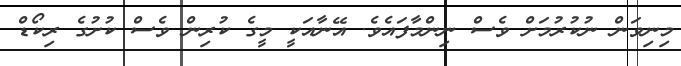
މިނިވަން ނުކުރުމަށް ވެސް ނިންމާފައެވެ. އޭނާއަކީ މީގެ ކުރިން ވެސް ކުށުގެ ރިކޯޑް